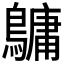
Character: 𪅟